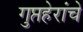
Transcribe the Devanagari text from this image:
गुप्तहेरांचे